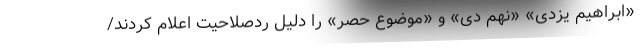
«ابراهیم یزدی» «نهم دی» و «موضوع حصر» را دلیل ردصلاحیت اعلام کردند/